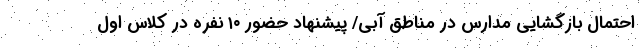
احتمال بازگشایی مدارس در مناطق آبی/ پیشنهاد حضور ۱۰ نفره در کلاس اول